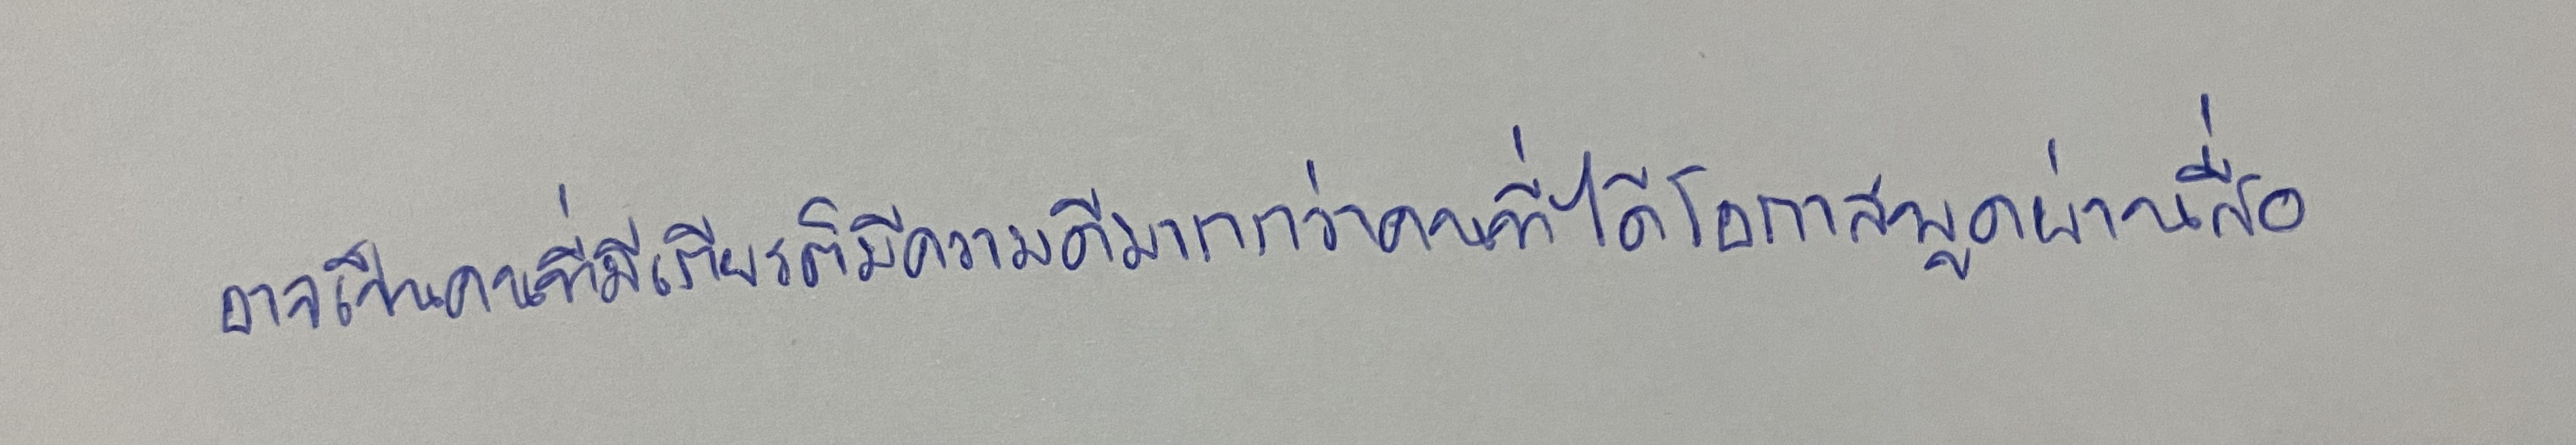
อาจเป็นคนที่มีเกียรติมีความดีมากกว่าคนที่ได้มีโอกาสพูดผ่านสื่อ